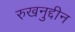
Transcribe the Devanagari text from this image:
रुखनुद्दीन